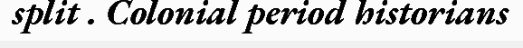
split . Colonial period historians